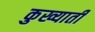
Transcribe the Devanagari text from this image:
कुख्याती